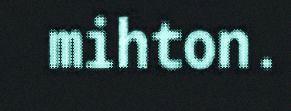
mihton.